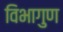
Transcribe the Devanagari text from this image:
विभागुण